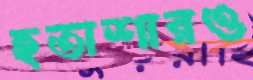
হতাশারও